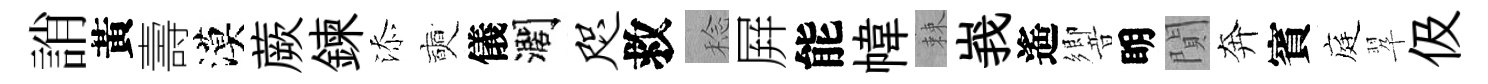
誚黃壽漠蕨鍊添奭儀濶咫救稔屛能幃棘峩遙響眀閴奔賓庭翆伋